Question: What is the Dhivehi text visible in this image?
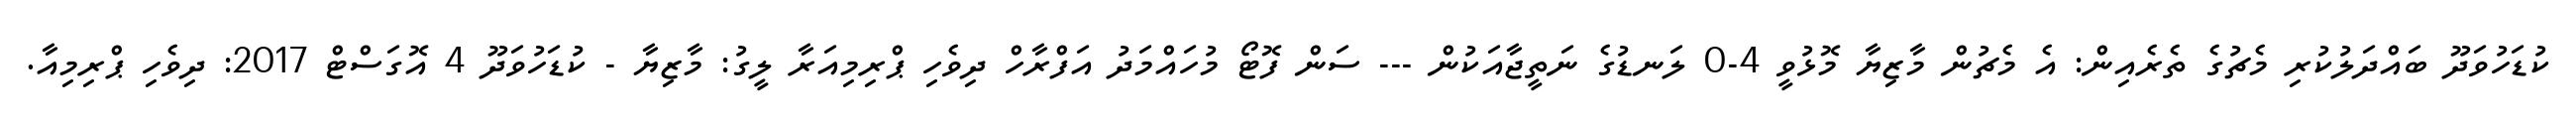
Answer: ކުޑަހުވަދޫ ބައްދަލުކުރި މެޗުގެ ތެރެއިން: އެ މެޗުން މާޒިޔާ މޮޅުވީ 4-0 ލަނޑުގެ ނަތީޖާއަކުން --- ސަން ފޮޓޯ މުހައްމަދު އަފްރާހް ދިވެހި ޕްރިމިއަރާ ލީގު: މާޒިޔާ - ކުޑަހުވަދޫ 4 އޮގަސްޓް 2017: ދިވެހި ޕްރިމިއާ.